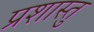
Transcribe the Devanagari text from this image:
प्रशास्तु